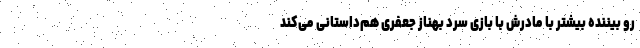
رو بیننده بیشتر با مادرش با بازی سرد بهناز جعفری هم‌داستانی می‌کند